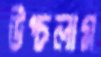
উপ্‌চলাম